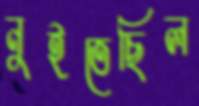
নুইতেছিল